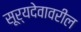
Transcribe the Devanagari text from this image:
सूर्यदेवावरील